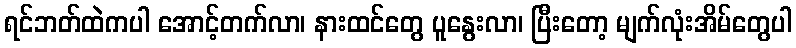
ရင်ဘတ်ထဲကပါ အောင့်တက်လာ၊ နားထင်တွေ ပူနွေးလာ၊ ပြီးတော့ မျက်လုံးအိမ်တွေပါ